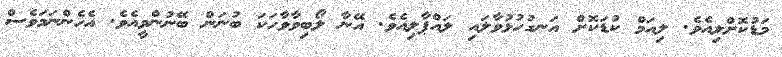
މަޑުކޮށްލިއެވެ. ލިއަމް ކުޑަކޮށް އަނގުހުޅުވާލައި ލައްޕާލިއެވެ. އޭނާ ލޯބިވާވާހަކަ ބުނަން ބޭނުންވީއެވެ. އެހެންނަމަވެސް